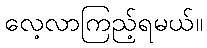
လေ့လာကြည့်ရမယ်။